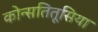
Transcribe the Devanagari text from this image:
कोन्सतितूसिया